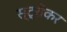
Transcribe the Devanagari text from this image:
स्ट्रोकर